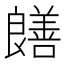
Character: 𫅞